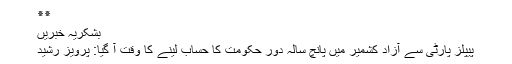
٭٭
بشکریہ خبریں
پیپلز پارٹی سے آزاد کشمیر میں پانچ سالہ دور حکومت کا حساب لینے کا وقت آ گیا: پرویز رشید